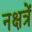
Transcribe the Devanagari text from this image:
नक्षत्रें